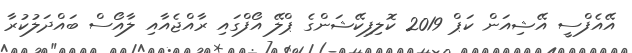
އޭއެފްސީ އޭޝިއަން ކަޕް 2019 ކޮލިފިކޭޝަންގެ ޕްލޭ އޯފްގައި ރާއްޖެއާއި ލާއޯސް ބައްދަލުކުރާ